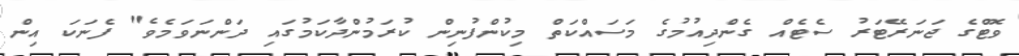
ވޮޓްގެ ޖަނަރޭޓަރު ސެޓެއް ގެންދިއުމުގެ މަސައްކަތް މިކުންފުނިން ކުރަމުންދާކަމުގައި ދަންނަވަމެވެ" ފެނަކަ އިން